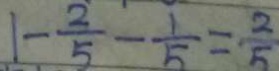
1 - \frac { 2 } { 5 } - \frac { 1 } { 5 } = \frac { 2 } { 5 }